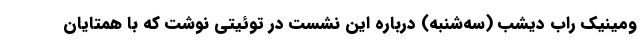
ومینیک راب دیشب (سه‌شنبه) درباره این نشست در توئیتی نوشت که با همتایان